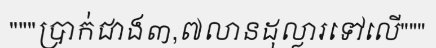
"""ប្រាក់ជាង៣,៧លានដុល្លារទៅលើ"""